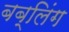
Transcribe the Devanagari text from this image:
बब्लिंग